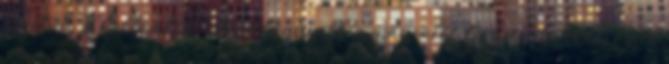
segíteni TI, hallgatók, akkor könnyebben magvalósítjuk a célunkat. Ezért